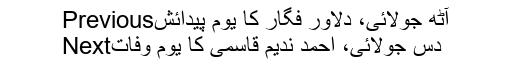
Previousآٹھ جولائی، دلاور فگار کا یومِ پیدائش
Nextدس جولائی، احمد ندیم قاسمی کا یومِ وفات